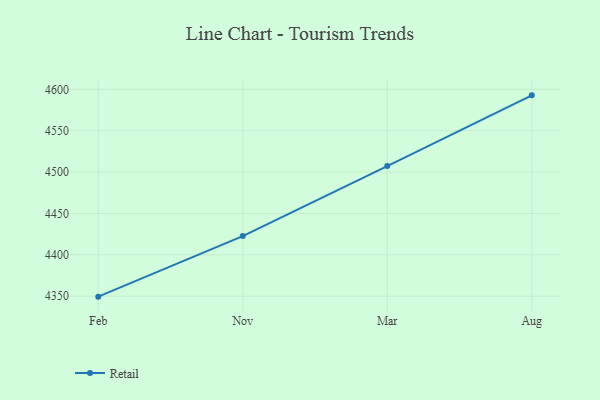
{"axis": {"x": "Month", "y": "Latency (ms)"}, "legend": ["Retail"], "data": [{"x": "Feb", "y": 4349.5, "type": "Retail"}, {"x": "Nov", "y": 4422.7, "type": "Retail"}, {"x": "Mar", "y": 4507.2, "type": "Retail"}, {"x": "Aug", "y": 4592.7, "type": "Retail"}]}